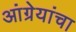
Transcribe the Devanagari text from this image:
आंग्रेयांचा